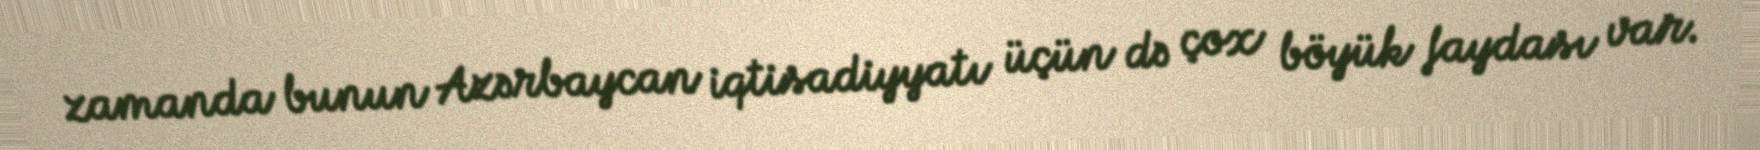
zamanda bunun Azərbaycan iqtisadiyyatı üçün də çox böyük faydası var.